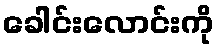
ခေါင်းလောင်းကို